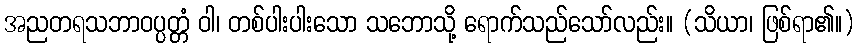
အညတရသဘာဝပ္ပတ္တံ ဝါ၊ တစ်ပါးပါးသော သဘောသို့ ရောက်သည်သော်လည်း။ (သိယာ၊ ဖြစ်ရာ၏။)